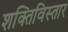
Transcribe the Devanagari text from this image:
शक्तिविस्तार